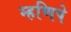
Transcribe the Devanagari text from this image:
म्हणिपे